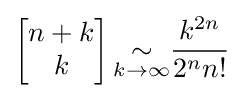
\left[{\begin{matrix}n+k\\k\end{matrix}}\right]{\underset {k\to \infty }{\sim }}{\frac {k^{2n}}{2^{n}n!}}